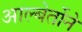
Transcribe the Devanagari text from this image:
आल्बेर्तोने